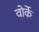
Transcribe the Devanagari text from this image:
वोर्के